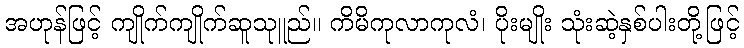
အဟုန်ဖြင့် ကျိုက်ကျိုက်ဆူသုူည်။ ကိမိကုလာကုလံ၊ ပိုးမျိုး သုံးဆဲ့နှစ်ပါးတို့ဖြင့်